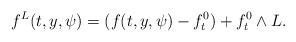
LaTeX: \begin{align*}f^L(t,y,\psi) = ( f(t,y,\psi)-f^0_t ) + f^0_t \wedge L.\end{align*}